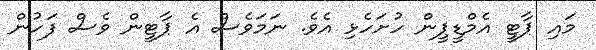
މައި ޕާޓީ އެމްޑީޕީން ހުށަހެޅި އެވެ. ނަމަވެސް އެ ޕާޓީން ވެސް ފަހުން